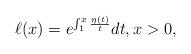
LaTeX: \begin{align*}\ell(x)=e^{\int^x_1 \frac{\eta(t)}{t}}dt, x>0,\end{align*}